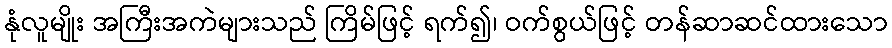
နုံလူမျိုး အကြီးအကဲများသည် ကြိမ်ဖြင့် ရက်၍၊ ဝက်စွယ်ဖြင့် တန်ဆာဆင်ထားသော